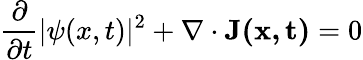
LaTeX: {\frac{\partial}{\partial t}}|\psi(x,t)|^{2}+\nabla\cdot\mathbf{J(x,t)}=0